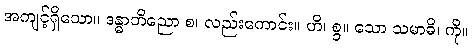
အကျင့်ရှိသော။ ဒန္ဓာဘိညော စ၊ လည်းကောင်း။ ဟိ၊ စွ။ သော သမာဓိ၊ ကို။